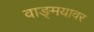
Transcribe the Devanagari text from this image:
वाङ्‌मयावर